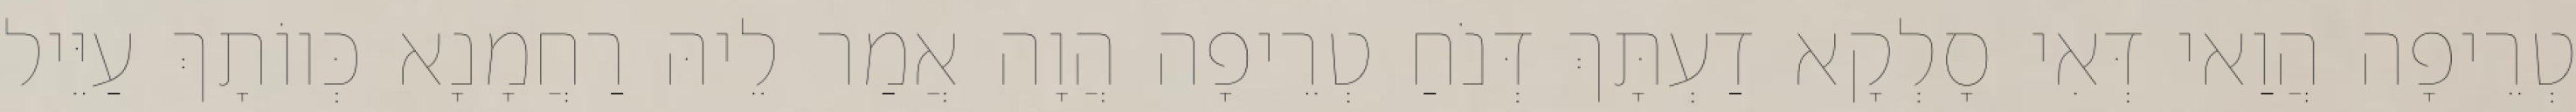
טְרֵיפָה הֲוַאי דְּאִי סָלְקָא דַעְתָּךְ דְּנֹחַ טְרֵיפָה הֲוָה אֲמַר לֵיהּ רַחֲמָנָא כְּווֹתָךְ עַיֵּיל